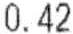
0.42